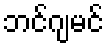
ဘင်ဂျမင်